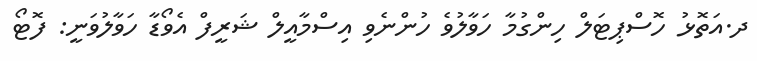
ދ.އަތޮޅު ހޮސްޕިޓަލް ހިންގުމާ ހަވާލުވެ ހުންނެވި އިސްމާއީލް ޝަރީފް އެވޯޑާ ހަވާލުވަނީ: ފޮޓޯ